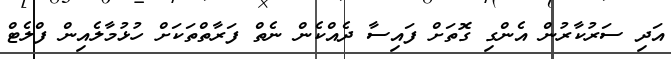
އަދި ސަރުކާރުން އެންގި ގޮތަށް ފައިސާ ދެއްކެން ނެތް ފަރާތްތަކަށް ހުޅުމާލެއިން ފްލެޓް